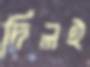
দিলই